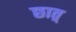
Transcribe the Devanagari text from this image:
छात्र्